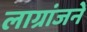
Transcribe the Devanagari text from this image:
लाग्रांजने